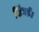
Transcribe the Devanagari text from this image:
तित्रई।